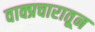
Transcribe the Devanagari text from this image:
वाक्प्रचारातून